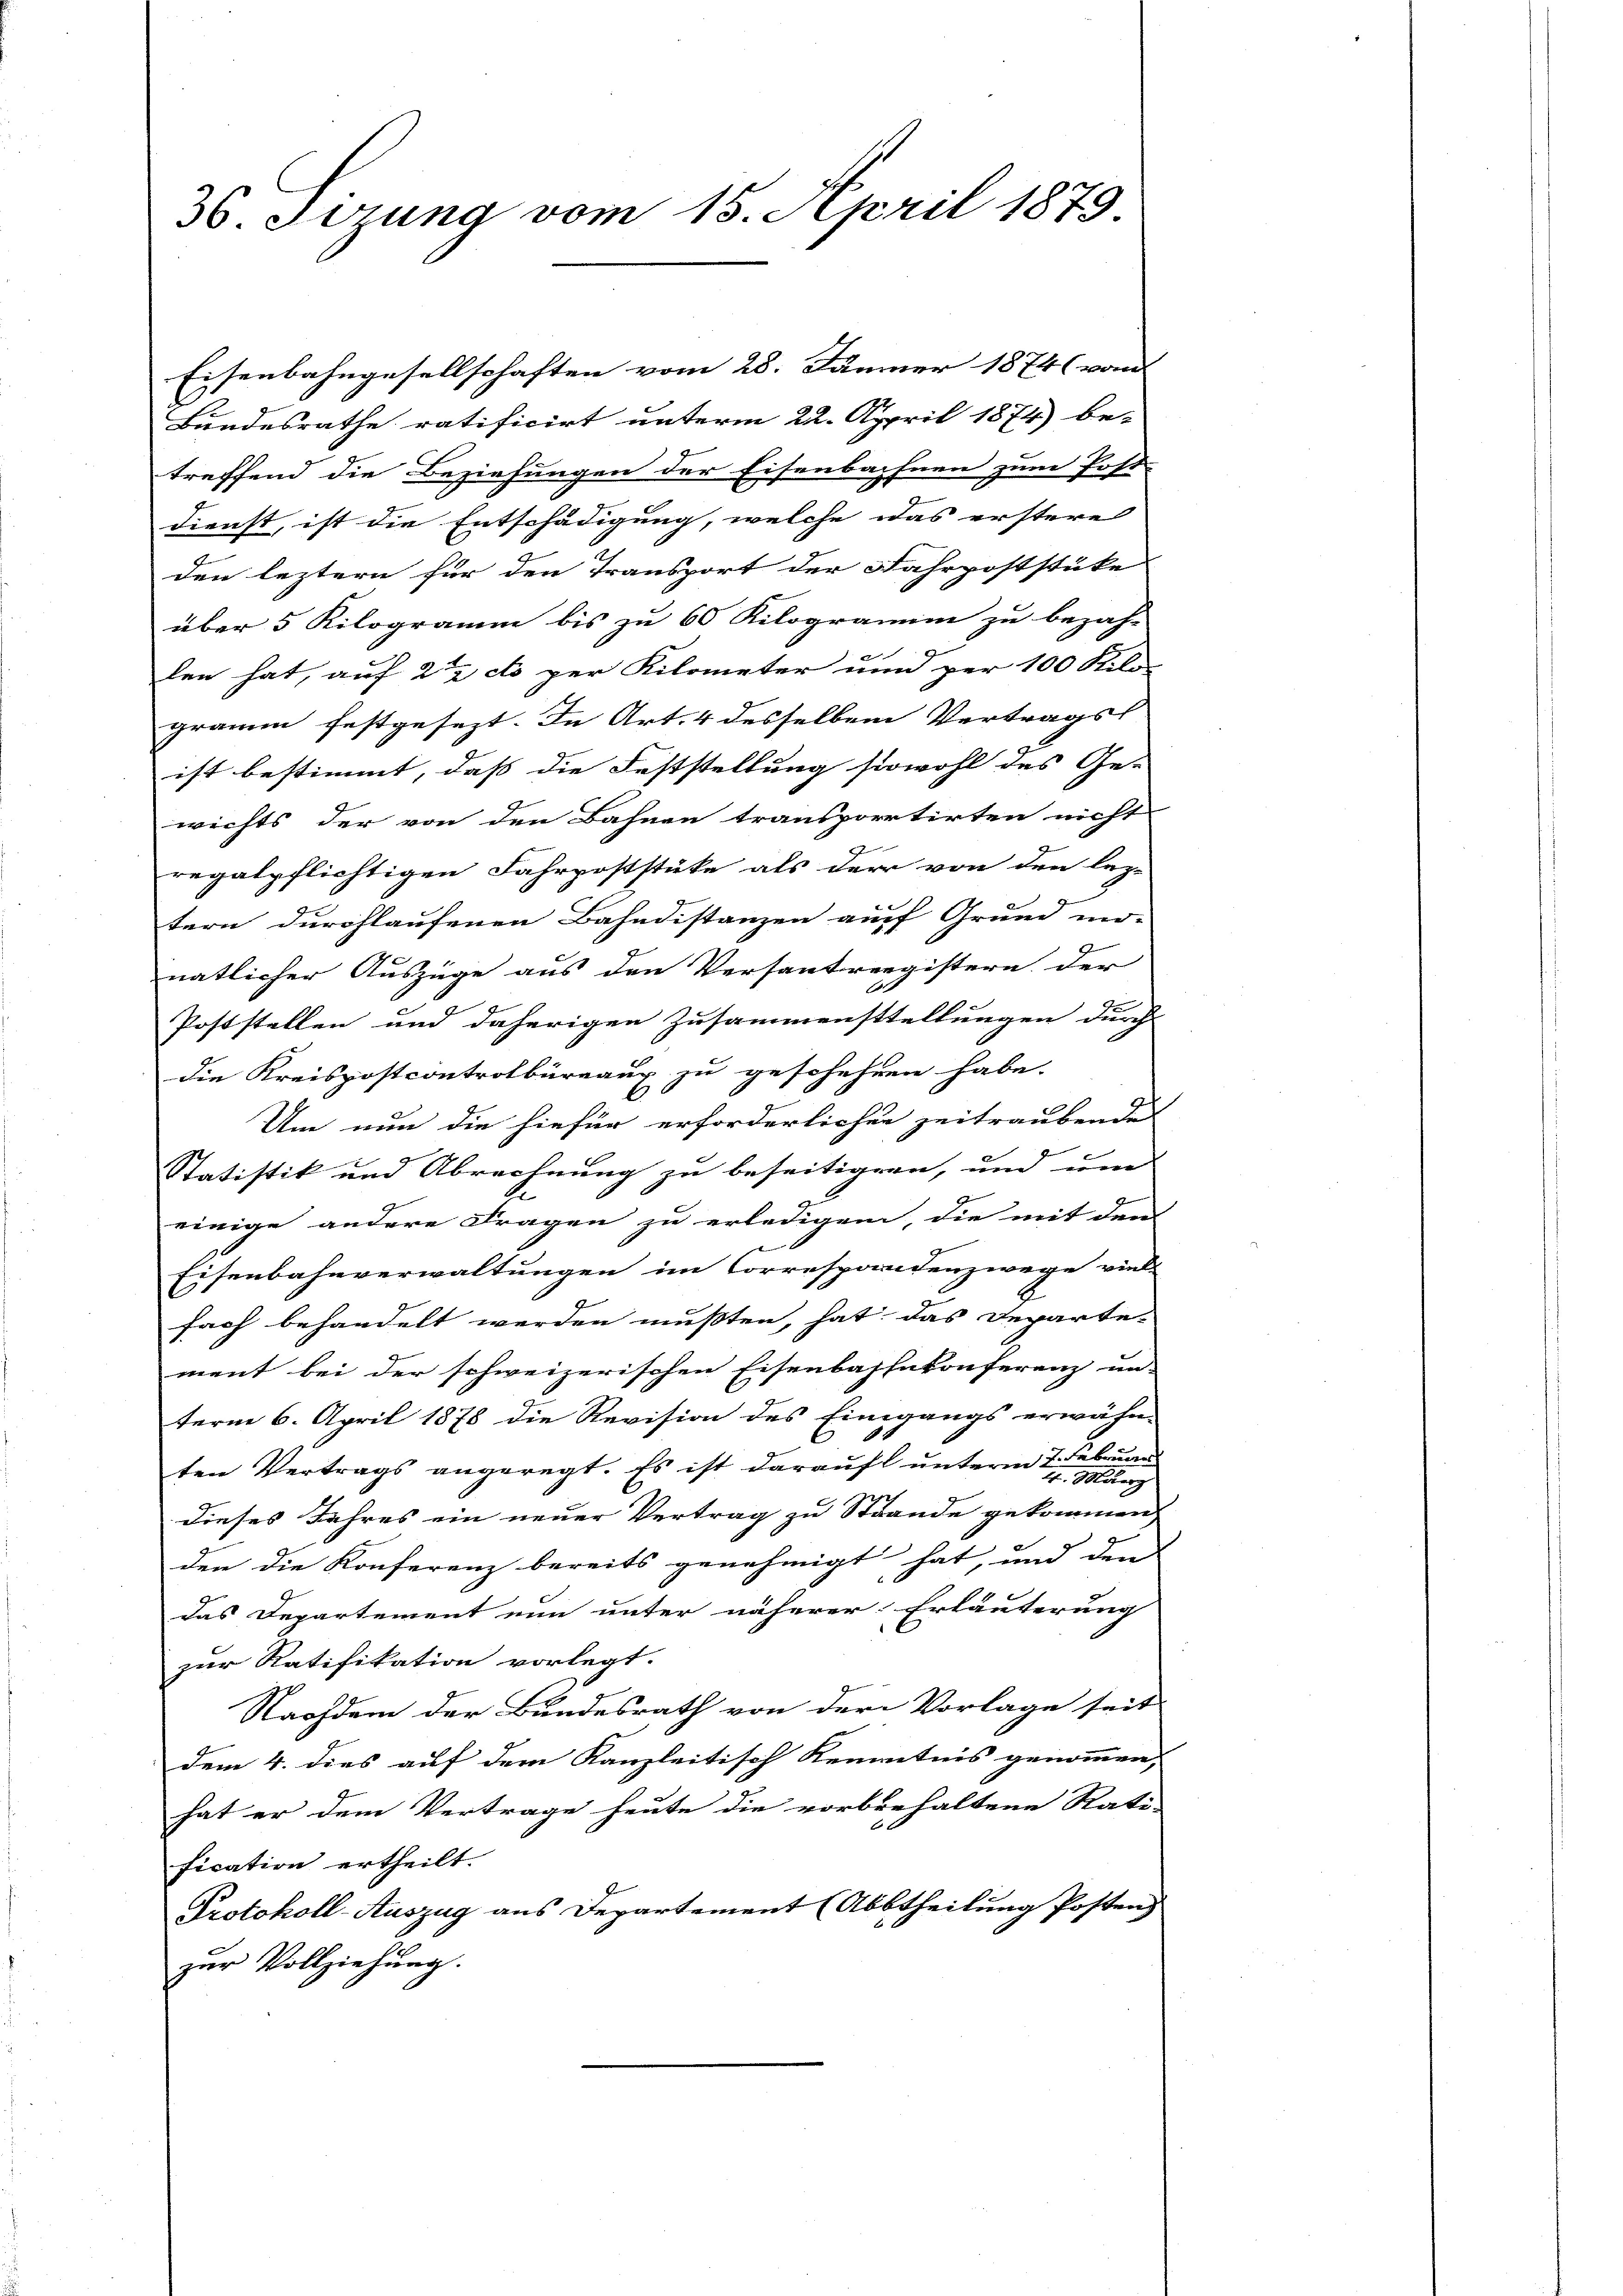
Eisenbahngesellschaften vom 28. Jänner 1874 von
Bundesrathe ratificirt unterm 22. April 1874) be-
treffend die Beziehungen der Eisenbachnen zum Post-
dienst, ist die Entschädigung, welche das erstere
den leztern für den Transport der Fahrpoststüke
über 5 Kilogramm bis zu 60 Kilogramin zu bezah-
len hat, auf 22 cto per Kilometer und per 100 Kilo
gramm festgesezt. In Art. 4 desselben Vertragsl
ist bestimmt, dass die Feststellung sowohl des Ge-
wichts der von den Bahnen transporrtirten nicht
regalpflichtigen Fahrpoststüke als der von den lez-
tern durchlaufenen Bahndistanzen auf Grund mi-
natlicher Auszüge aus den Versantreegistern der
Poststellen und daherigen Zusammensttellungen durch
die Kreispostcontrolbureaux zu geschehen habe.
Um nun die hiefür erforderlicher zeitraubende
me
Statistik und Abrechnung zu beseitigern, und um |
einige andere Fragen zu erledigen, die mit dem
Eisenbahnverwaltungen im Correspandenzwege viel-
fach behandelt werden mußten, hat, das Departement bei der schweizerischen Eisenbahnkonferenz un-
term 6. April 1878 die Revision des Eingangs erwähnen
ten Vertrags angeregt. Es ist darauf unterm 7. Februar
2
Maerz
dieses Jahres ein neuer Vertrag zu Strande gekommen,
den die Konferenz bereits genehmigt hat, und den
das Departement nun unter näherer Erläuterung
zur Ratifikation vorlegt.
Nachdem der Bundesrath von der Vorlage seit
dem 4. dies auf dem Kanzleitisch Kenntnis genommen,
hat er dem Vertrage heute die vorbehaltene Rati-
fication ertheilt.
Protokoll-Auszug aus Departement (Abbtheilung Posten
zur Vollziehung.

36. Sizung vom 15. April 1879